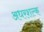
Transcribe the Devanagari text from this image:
अधरशल्क